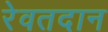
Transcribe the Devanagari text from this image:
रेवतदान